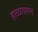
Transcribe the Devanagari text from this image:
हाळावरून